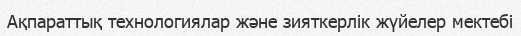
Ақпараттық технологиялар және зияткерлік жүйелер мектебі